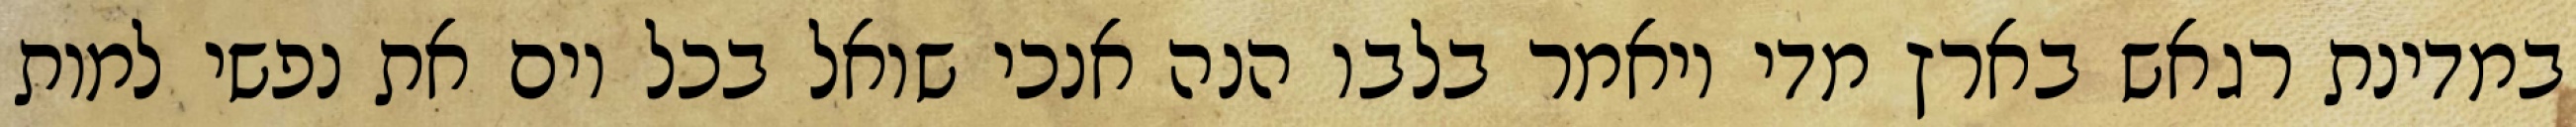
במדינת רגאש בארץ מדי ויאמר בלבו הנה אנכי שואל בכל יום את נפשי למות